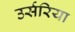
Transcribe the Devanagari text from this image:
उर्सरिया